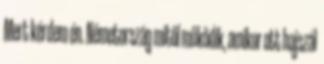
Mert kérdem én. Németország mitől működik, amikor ott hajszál